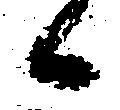
候